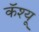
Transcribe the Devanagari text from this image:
कॅश्यू